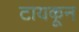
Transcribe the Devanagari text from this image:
टायकून